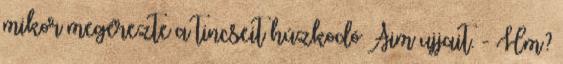
mikor megérezte a tincseit húzkodó Aim ujjait. - Hm?